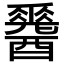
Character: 𨣩